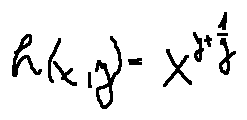
h ( x , y ) = x ^ { y + \frac { 1 } { y } }